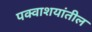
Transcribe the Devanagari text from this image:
पक्वाशयांतील